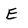
Character: E